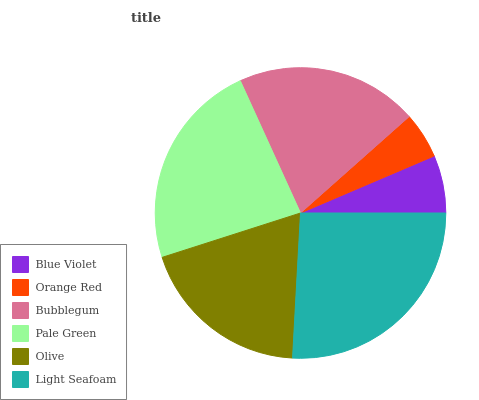
| Blue Violet | Orange Red | Bubblegum | Pale Green | Olive | Light Seafoam |
 | --- | --- | --- | --- | --- | --- |
 | 6.41% | 5.14% | 20.2% | 23.1% | 19.2% | 25.9% |